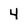
Character: 4